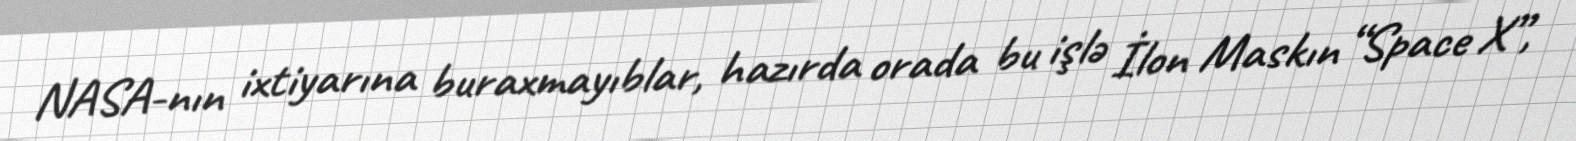
NASA-nın ixtiyarına buraxmayıblar, hazırda orada bu işlə İlon Maskın “Space X”,